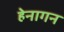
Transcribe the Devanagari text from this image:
हेनागन